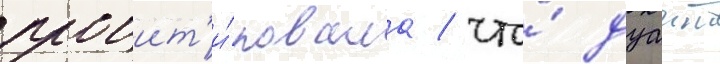
процит'и́ровала / что́ дуаит